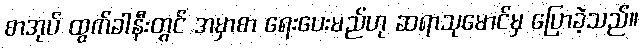
စာအုပ် ထွက်ခါနီးတွင် အမှာစာ ရေးပေးမည်ဟု ဆရာသုမောင်မှ ပြောခဲ့သည်။